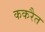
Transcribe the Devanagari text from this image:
ककरैत